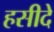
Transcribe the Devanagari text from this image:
हसीदे